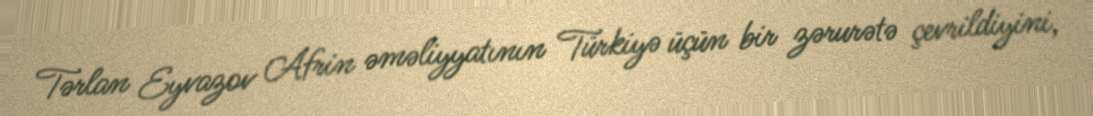
Tərlan Eyvazov Afrin əməliyyatının Türkiyə üçün bir zərurətə çevrildiyini,